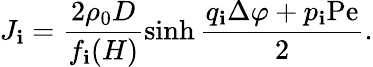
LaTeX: J_{\mathbf{i}}=\frac{{2\rho_{0}D}}{{f_{\mathbf{i}}(H)}}\sinh\frac{{q_{\mathbf{i}}\Delta\varphi+p_{\mathbf{i}}\mathrm{{Pe}}}}{{2}}.